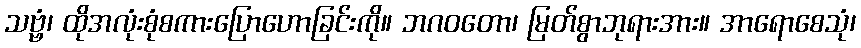
သဗ္ဗံ၊ ထိုအလုံးစုံစကားပြောဟောခြင်းကို။ ဘဂဝတော၊ မြတ်စွာဘုရားအား။ အာရောစေသုံ၊